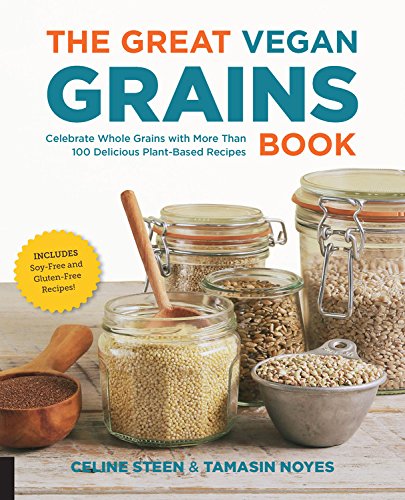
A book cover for The Great Vegan Grains Book: Celebrate Whole Grains with More than 100 Delicious Plant-Based Recipes * Includes Soy-Free and Gluten-Free Recipes! (The Great Vegan Book); Celine Steen; Cookbooks, Food & Wine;